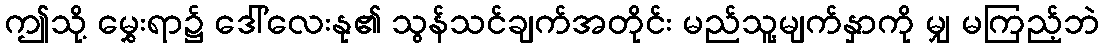
ဤသို့ မွှေးရာ၌ ဒေါ်လေးနု၏ သွန်သင်ချက်အတိုင်း မည်သူ့မျက်နှာကို မျှ မကြည့်ဘဲ